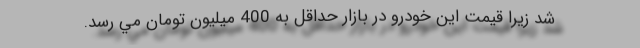
شد زیرا قيمت اين خودرو در بازار حداقل به 400 ميليون تومان مي رسد.